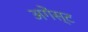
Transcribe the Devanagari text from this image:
अगेंस्‍ट